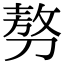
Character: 𠞪